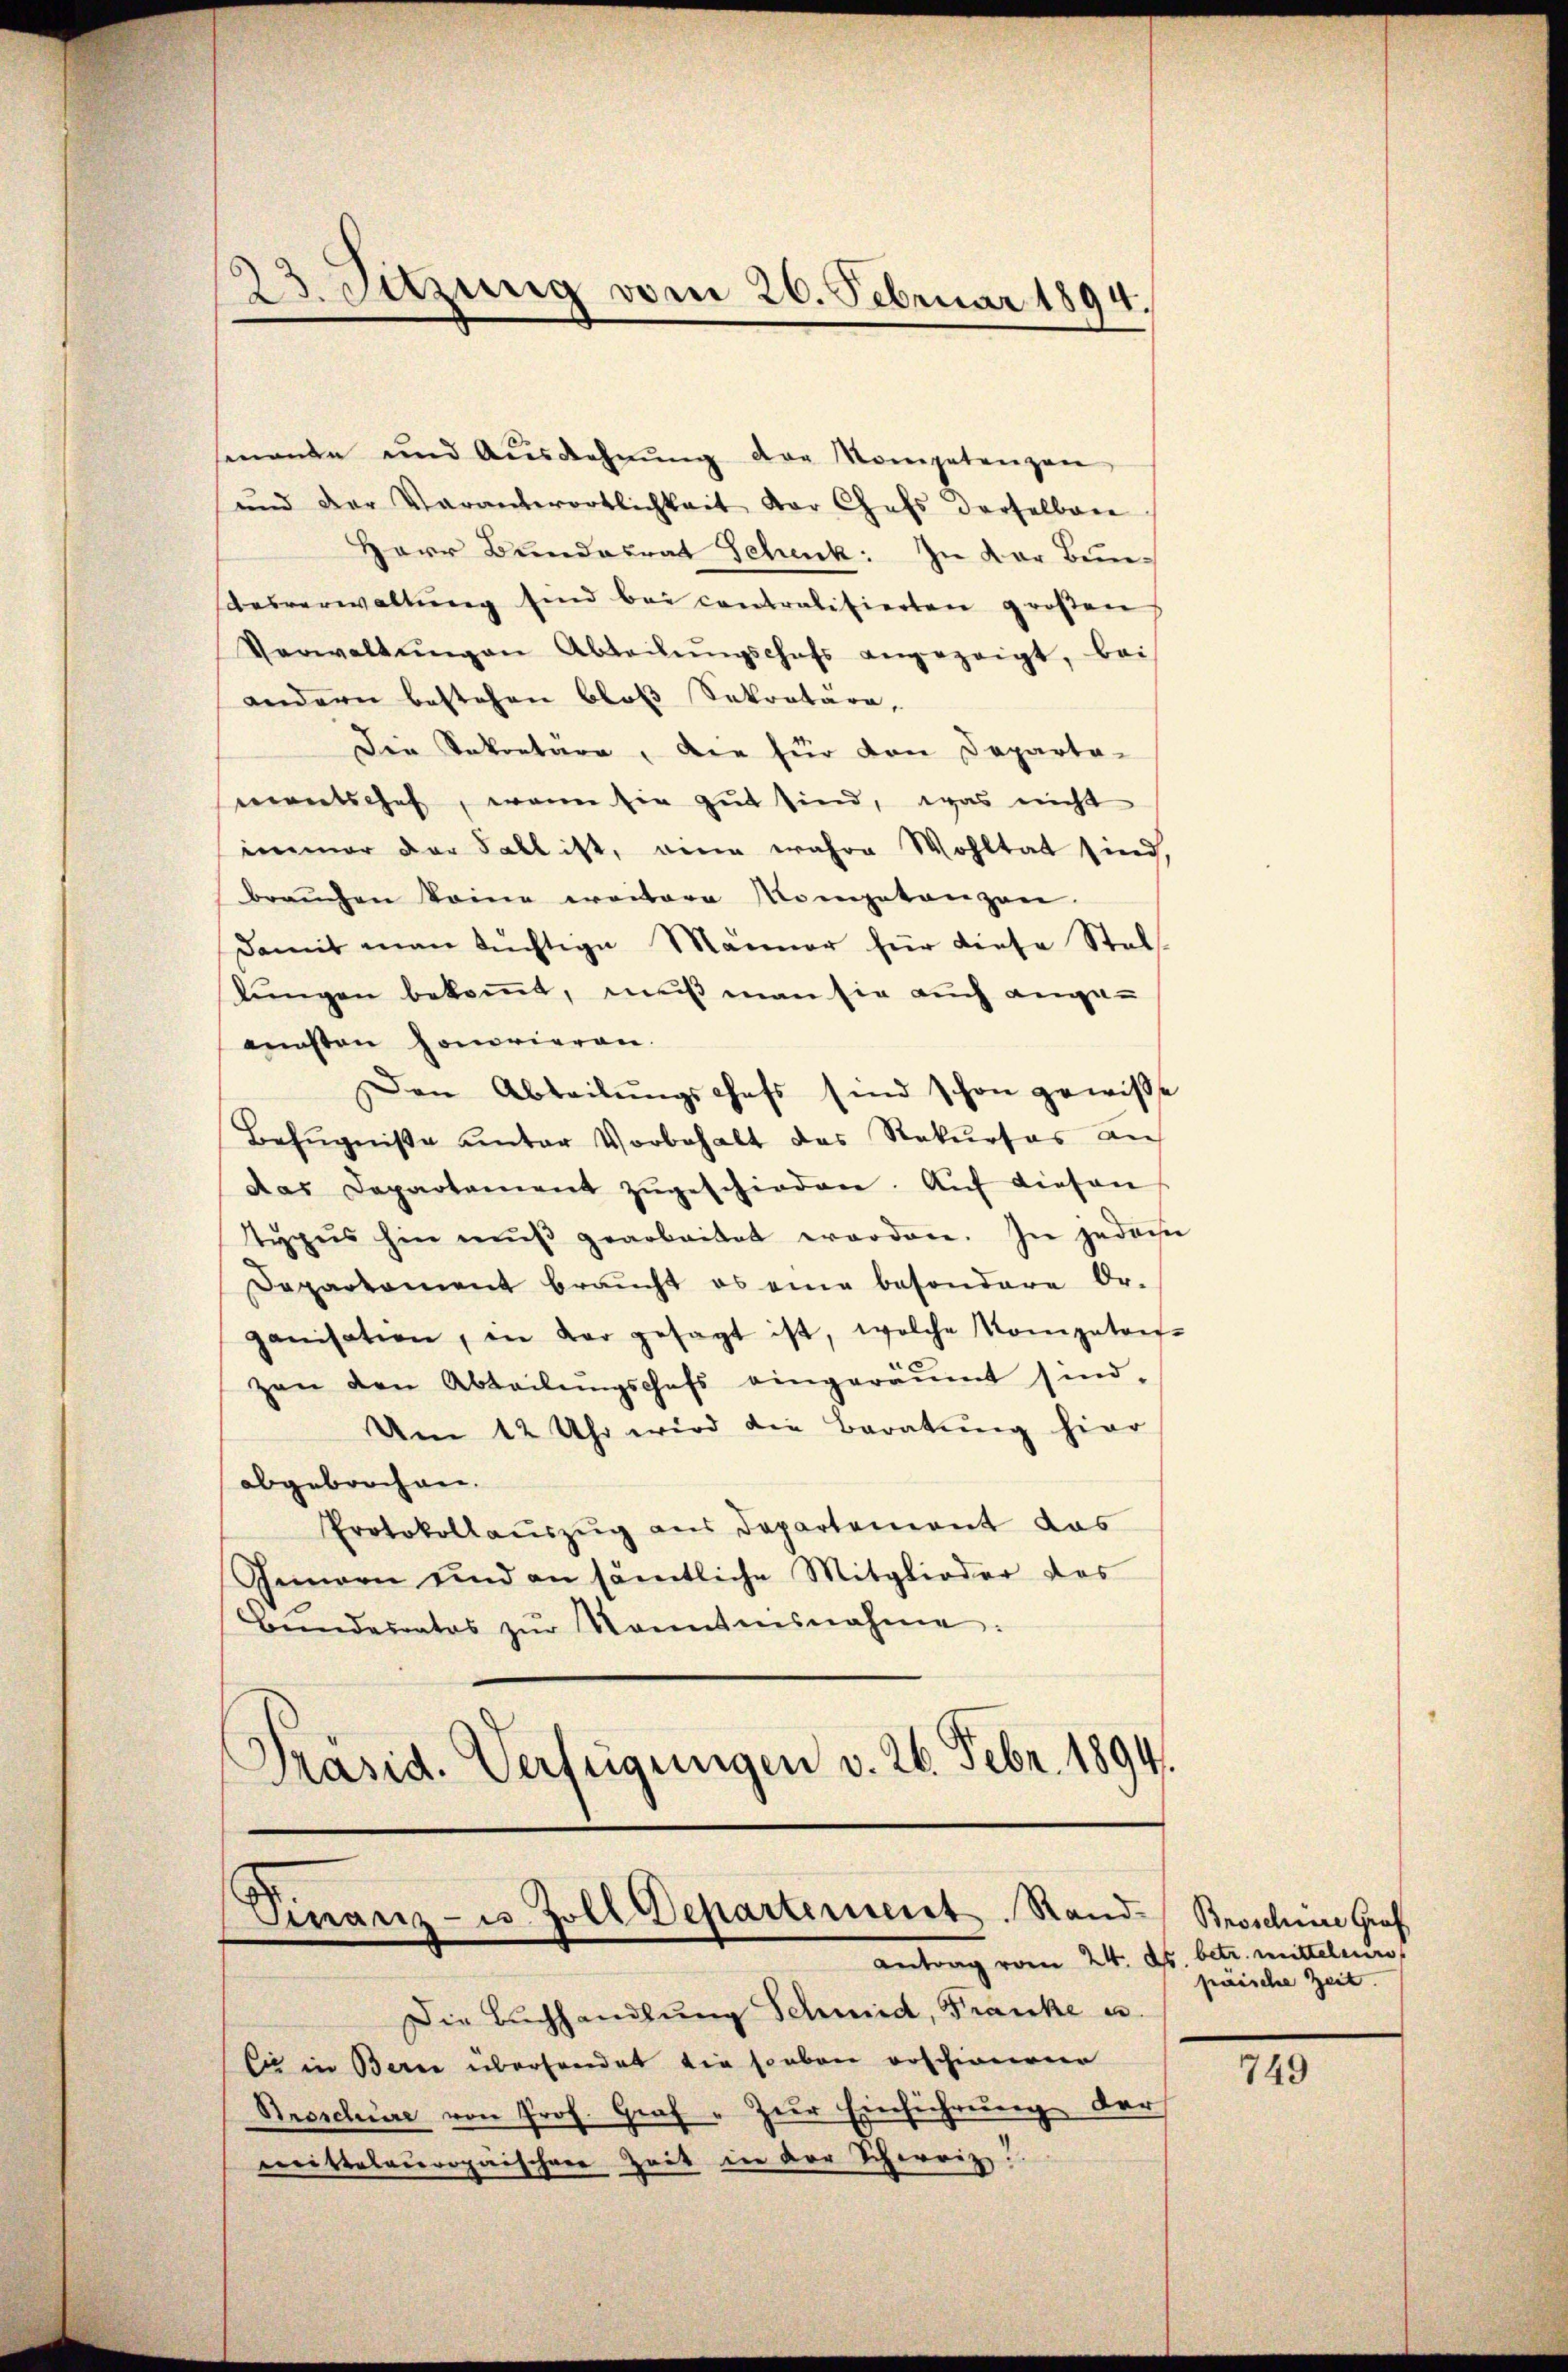
senante und Aŭszahnŭng der Kompetenzen
und der Verantwortlichkeit der Chefs derselben
Herr Bundesrat Schenk. In der Bunesverwaltŭng sind bei contralisierten großen
Verwaltŭngen Abteilŭngschafs angezeigt, bei
andern bestehen bloß Sekretäre,
Die Sekretäre, die für den Departa-
nentschef, wenn sie gut sind, was nicht
immer der Fall ist, eine wahre Wohltat sind,
braŭchen keine weitere Kompetenzan
damit man tüchtige Männer für diese Stel-
lungen bekommt, muß man sie auch angeaunsten honorieren.
Den Abteilŭngschefs sind schon gewisse
Befugniße unter Vorbehalt das Rekurses an
Das Departement zŭgeschieden. Aŭf diesen
typus hin mŭβ gearbeitet worden. In jedem
Dapartament braucht es eine besondere Or-
ganisation, in dar gesagt ist, welche Kompaton-
zen den Abteilŭngschefs eingeräumt sind.
Um 12 Uhr wird die Baratung hier
abgebrochen.
Protokollauszug aus Departement das
Jennern und an sämtliche Mitglieder das
Bŭndesrates zŭr Kenntnisnahme:
Präsid. Verfügungen v. 26. Febr. 1894.

23. Sitzung vom 26. Februar 1894.

Finanz- u. Zoll Departement. Stand Broschine Graf
Antrag vom 24. ds. betr. mittelcur

Die Buchhandlung Schmid, Franke u.
Cie in Berne überhandet die soeben erschienener
Broschüre von Prof. Graf - Zur Einführung der
mittelaropaischen Zeit in der Scherriz.

päische Zeit.

749